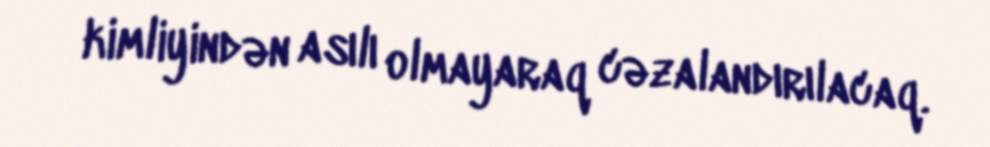
kimliyindən asılı olmayaraq cəzalandırılacaq.